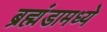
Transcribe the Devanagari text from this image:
ब्रह्मंडामध्ये